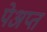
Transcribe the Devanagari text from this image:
पेअप्त